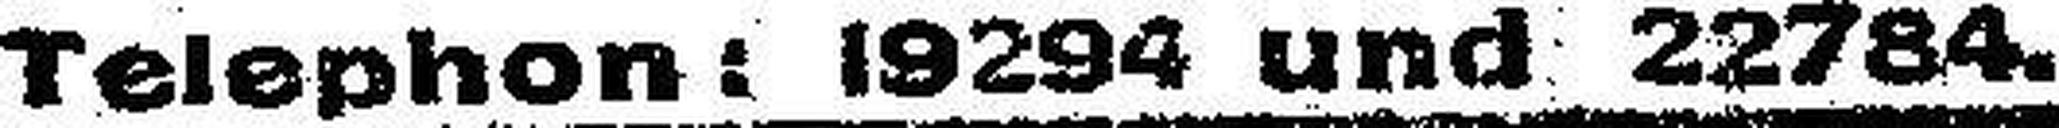
Telephon: 19294 und 22784.